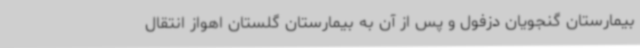
بیمارستان گنجویان دزفول و پس از آن به بیمارستان گلستان اهواز انتقال